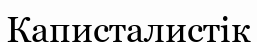
Каписталистік